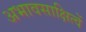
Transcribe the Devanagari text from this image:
अभावसाक्षित्वें